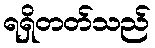
ရရှိတတ်သည်